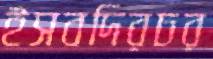
ইসবদিরচর